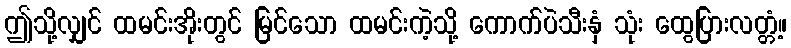
ဤသို့လျှင် ထမင်းအိုးတွင် မြင်သော ထမင်းကဲ့သို့ ကောက်ပဲသီးနှံ သုံး ထွေပြားလတ္တံ့။